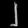
Digit: ၂